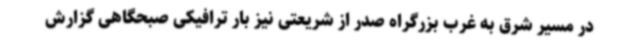
در مسیر شرق به غرب بزرگراه صدر از شریعتی نیز بار ترافیکی صبحگاهی گزارش